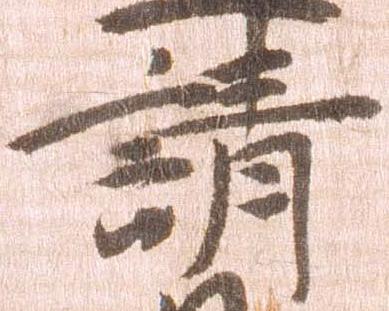
請